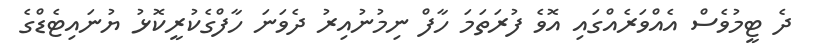
ދެ ޓީމުވެސް އެއްވަރެއްގައި އޮވެ ފުރަތަމަ ހާފް ނިމުނުއިރު ދެވަނަ ހާފްގެކުރީކޮޅު ޔުނައިޓެޑްގެ